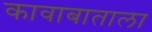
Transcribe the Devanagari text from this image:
कावाबाताला